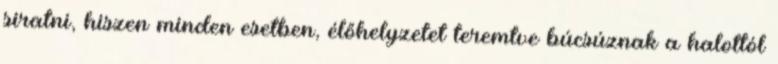
siratni, hiszen minden esetben, élőhelyzetet teremtve búcsúznak a halottól